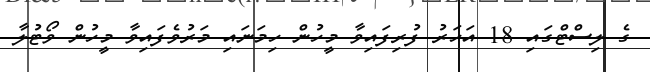
ގެ ލިސްޓްގައި 18 އަހަރު ފުރިފައިވާ މީހުން ހިމަނައި މަރުވެފައިވާ މީހުން ވޯޓުލާ